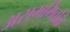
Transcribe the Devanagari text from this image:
असममितति